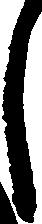
し